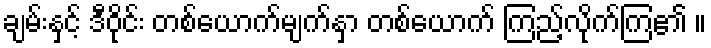
ချမ်းနှင့် ဒီဝိုင်း တစ်ယောက်မျက်နှာ တစ်ယောက် ကြည့်လိုက်ကြ၏ ။